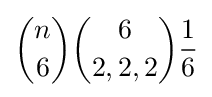
{n \choose 6}{6 \choose 2,2,2}{\frac {1}{6}}